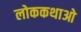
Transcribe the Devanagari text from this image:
लोककथाओ